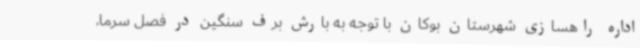
اداره راهسازی شهرستان بوکان با توجه به بارش برف سنگین در فصل سرما،